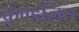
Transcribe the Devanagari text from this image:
कुण्डलित